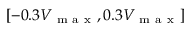
[ - 0 . 3 V _ { \mathrm { ~ m ~ a ~ x ~ } } , 0 . 3 V _ { \mathrm { ~ m ~ a ~ x ~ } } ]